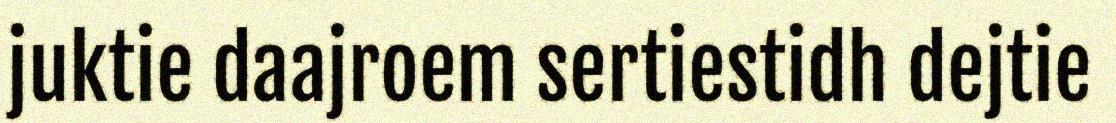
juktie daajroem sertiestidh dejtie